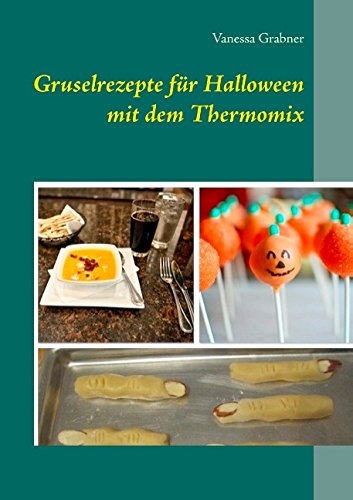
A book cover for Gruselrezepte Fur Halloween Mit Dem Thermomix (German Edition); Vanessa Grabner; Cookbooks, Food & Wine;